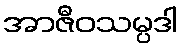
အာဇီဝသမ္ပဒါ